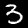
Digit: 3